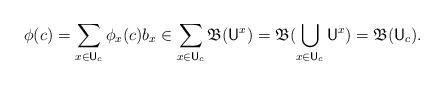
LaTeX: \begin{align*}\phi(c) = \sum_{x\in \mathsf U_c} \phi_x(c) b_x \in \sum_{x\in \mathsf U_c} \mathfrak B(\mathsf U^x) = \mathfrak B(\bigcup_{x\in \mathsf U_c} \mathsf U^x) = \mathfrak B(\mathsf U_c).\end{align*}